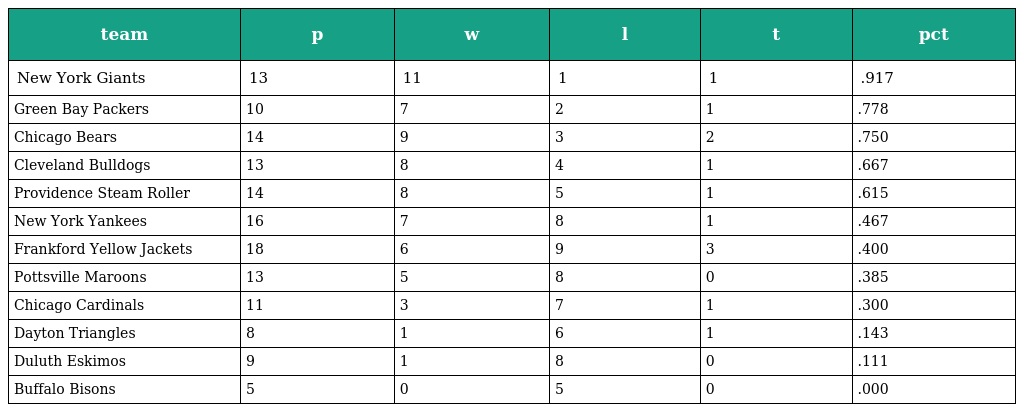
| team | p | w | l | t | pct |
 | --- | --- | --- | --- | --- | --- |
 | New York Giants | 13 | 11 | 1 | 1 | .917 |
 | Green Bay Packers | 10 | 7 | 2 | 1 | .778 |
 | Chicago Bears | 14 | 9 | 3 | 2 | .750 |
 | Cleveland Bulldogs | 13 | 8 | 4 | 1 | .667 |
 | Providence Steam Roller | 14 | 8 | 5 | 1 | .615 |
 | New York Yankees | 16 | 7 | 8 | 1 | .467 |
 | Frankford Yellow Jackets | 18 | 6 | 9 | 3 | .400 |
 | Pottsville Maroons | 13 | 5 | 8 | 0 | .385 |
 | Chicago Cardinals | 11 | 3 | 7 | 1 | .300 |
 | Dayton Triangles | 8 | 1 | 6 | 1 | .143 |
 | Duluth Eskimos | 9 | 1 | 8 | 0 | .111 |
 | Buffalo Bisons | 5 | 0 | 5 | 0 | .000 |